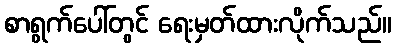
စာရွက်ပေါ်တွင် ရေးမှတ်ထားလိုက်သည်။